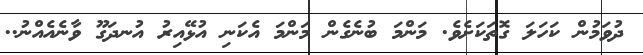
ދުވަމުން ކަހަލަ ގޮތަކަށެވެ. މަންމަ ބުނެގެން މަންމަ އެކަނި އުޅޭއިރު އުނދަގޫ ވާނެއެއްނު..